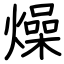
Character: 燥